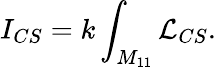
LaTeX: I_{CS}=k\int_{M_{11}}{\cal L}_{CS}.